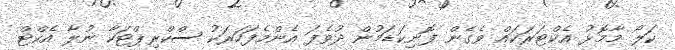
ކަލޯ މާމޮޅު އެކްޓަރަކައް ވެގެން ފޮނިކަޑަމުން ދުވެފަ އެންމެފަހަރަކު ސްކްރިޕްޓަކާ ނުލާ އެކްޓް